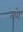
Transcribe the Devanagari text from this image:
तयो